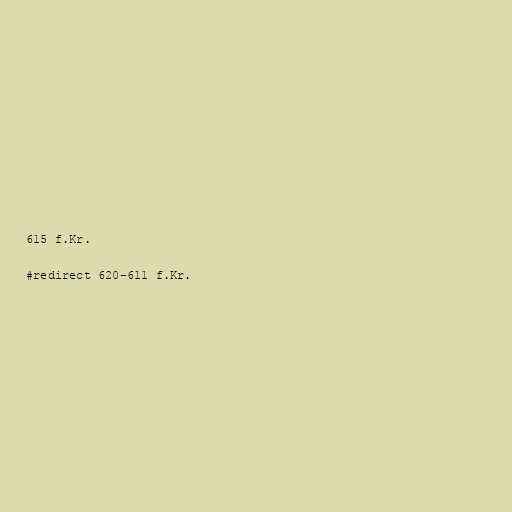
615 f.Kr.

#redirect 620–611 f.Kr.